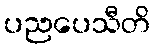
ပညပေသီတိ